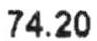
74.20